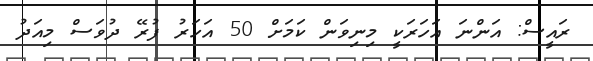
ރައީސް: އަންނަ އަހަރަކީ މިނިވަން ކަމަށް 50 އަހަރު ފުރޭ ދުވަސް މިއަދު